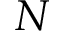
N